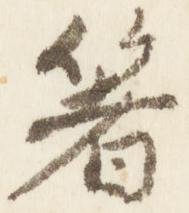
箸